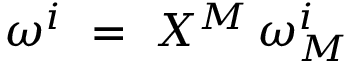
\omega ^ { i } \ = \ \d X ^ { M } \, \omega _ { M } ^ { i }